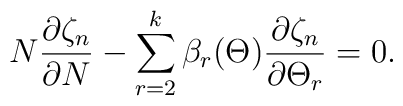
N \frac{\partial\zeta_n}{\partial N} - \sum^k_{r=2} \beta_r(\Theta) \frac{\partial\zeta_n}{\partial\Theta_r} = 0.